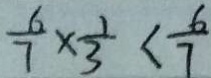
\frac { 6 } { 7 } \times \frac { 1 } { 3 } < \frac { 6 } { 7 }